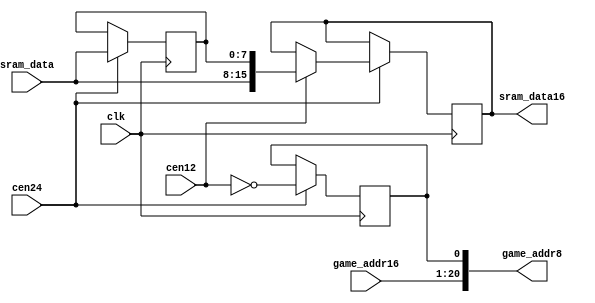
/*  This file is part of JT_GNG.
    JT_GNG program is free software: you can redistribute it and/or modify
    it under the terms of the GNU General Public License as published by
    the Free Software Foundation, either version 3 of the License, or
    (at your option) any later version.

    JT_GNG program is distributed in the hope that it will be useful,
    but WITHOUT ANY WARRANTY; without even the implied warranty of
    MERCHANTABILITY or FITNESS FOR A PARTICULAR PURPOSE.  See the
    GNU General Public License for more details.

    You should have received a copy of the GNU General Public License
    along with JT_GNG.  If not, see <http://www.gnu.org/licenses/>.

    Author: Jose Tejada Gomez. Twitter: @topapate
    Version: 1.0
    Date: 8-2-2019 */

module jtgng_zxuno_sram(
    input             clk,
    input             cen24,
    input             cen12,
    input      [19:0] game_addr16,
    output     [20:0] game_addr8,
    input      [ 7:0] sram_data,
    output reg [15:0] sram_data16
);

reg lsb;
reg [7:0] last;

assign game_addr8[20:1] = game_addr16[19:0];
assign game_addr8[0]    = lsb;

always @(posedge clk) if(cen24) begin
    lsb  <= ~cen12;
    last <= sram_data;
    if( cen12 ) sram_data16 <= { sram_data, last };
end

endmodule // jtgng_zxuno_sram